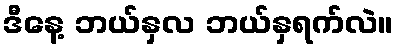
ဒီနေ့ ဘယ်နှလ ဘယ်နှရက်လဲ။